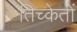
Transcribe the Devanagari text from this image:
तिच्केतों